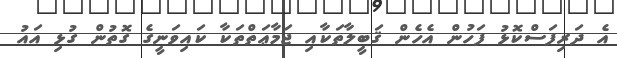
އެ ދަރިފަސްކޮޅު ފަހުން އެހެން ޤަބީލާތަކާއި ޖަމާޢަތްތަކާ ކައިވަނީގެ ގޮތުން ގުޅި އައު